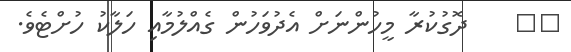
٤٧    ދޮގުކުރާ މީހުންނަށް އެދުވަހުން ގެއްލުމާއި ހަލާކު ހުށްޓެވެ.